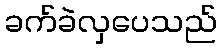
ခက်ခဲလှပေသည်